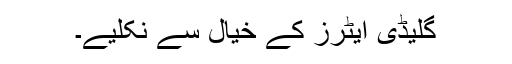
گلیڈی ایٹرز کے خیال سے نکلیے۔